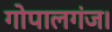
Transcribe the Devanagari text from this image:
गोपालगंज।